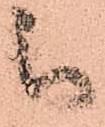
被